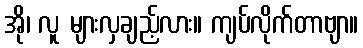
အို၊ လူ များလှချည့်လား။ ကျပ်လိုက်တာဗျာ။